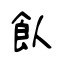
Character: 飤